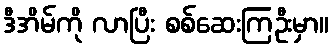
ဒီအိမ်ကို လာပြီး စစ်ဆေးကြဦးမှာ။